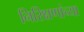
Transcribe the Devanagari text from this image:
निरिक्षणांच्या